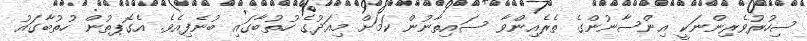
ސިހުރުވެރިންނަކީ އިންސާނުންގެ ތެރެއިންވާ ސައިތާނުން ކަމަށް މިއަދުގެ ހުތުބާގައި ބުނެފިއެވެ. އެގޮޕތުން ހުތުބާގައު